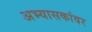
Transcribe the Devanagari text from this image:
अभ्यासकांवर